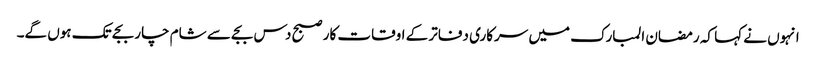
انہوں نے کہا کہ رمضان المبارک میں سرکاری دفاتر کے اوقات کار صبح دس بجے سے شام چار بجے تک ہوں گے۔